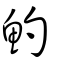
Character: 魡